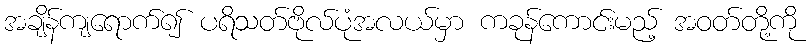
အချိန်ကျရောက်၍ ပရိသတ်ဗိုလ်ပုံအလယ်မှာ ကခုန်ကောင်းမည့် အဝတ်တို့ကို